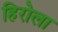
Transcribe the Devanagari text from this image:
हिरोला